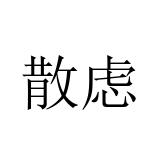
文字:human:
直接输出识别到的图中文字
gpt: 散虑